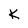
Character: K